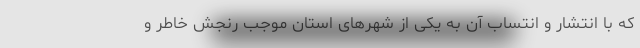
که با انتشار و انتساب آن به یکی از شهرهای استان موجب رنجش خاطر و